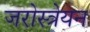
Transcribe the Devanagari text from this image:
जरोस्त्रेयन